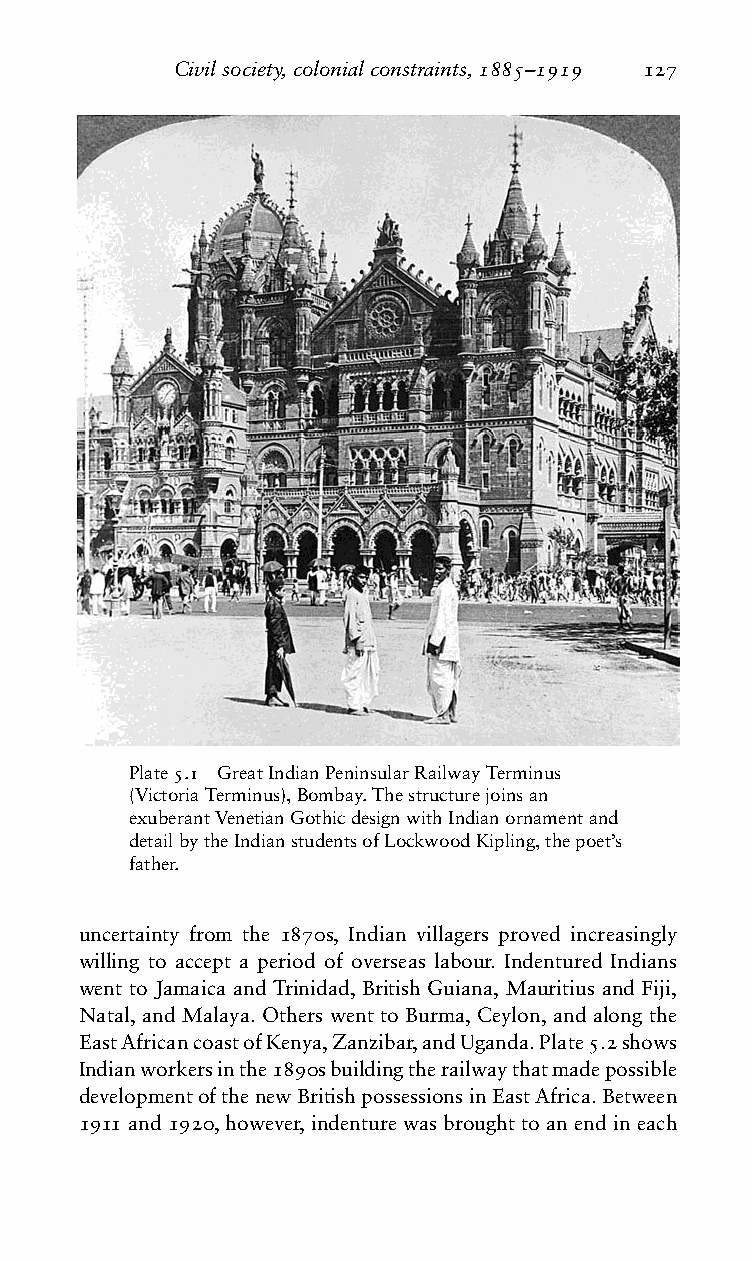
Civilsociety,colonialconstraints,1885–1919 127
 Plate5.1 GreatIndianPeninsularRailwayTerminus
 (VictoriaTerminus),Bombay.Thestructurejoinsan
 exuberantVenetianGothicdesignwithIndianornamentand
 detailbytheIndianstudentsofLockwoodKipling,thepoet’s
 father.
 uncertainty from the 1870s, Indian villagers proved increasingly
 willing to accept a period of overseas labour. Indentured Indians
 went to Jamaica and Trinidad, British Guiana, Mauritius and Fiji,
 Natal, and Malaya. Others went to Burma, Ceylon, and along the
 EastAfricancoastofKenya,Zanzibar,andUganda.Plate5.2shows
 Indianworkersinthe1890sbuildingtherailwaythatmadepossible
 developmentofthenewBritishpossessionsinEastAfrica.Between
 1911and1920,however,indenturewasbroughttoanendineach